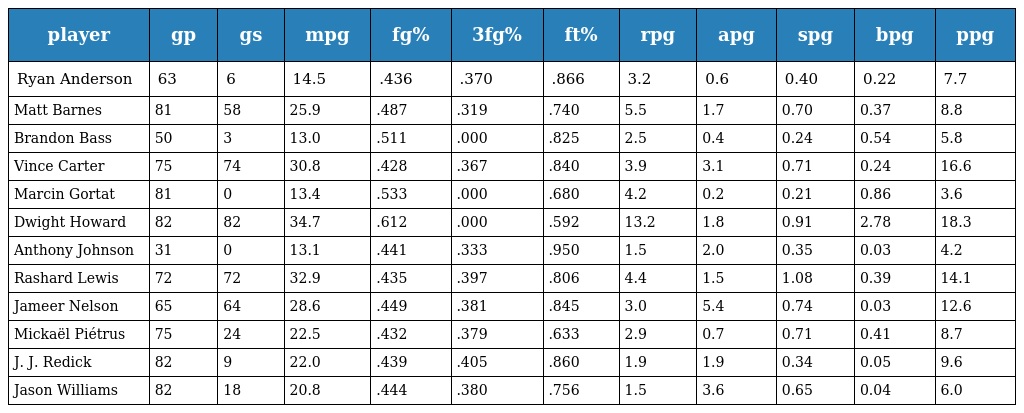
| player | gp | gs | mpg | fg% | 3fg% | ft% | rpg | apg | spg | bpg | ppg |
 | --- | --- | --- | --- | --- | --- | --- | --- | --- | --- | --- | --- |
 | Ryan Anderson | 63 | 6 | 14.5 | .436 | .370 | .866 | 3.2 | 0.6 | 0.40 | 0.22 | 7.7 |
 | Matt Barnes | 81 | 58 | 25.9 | .487 | .319 | .740 | 5.5 | 1.7 | 0.70 | 0.37 | 8.8 |
 | Brandon Bass | 50 | 3 | 13.0 | .511 | .000 | .825 | 2.5 | 0.4 | 0.24 | 0.54 | 5.8 |
 | Vince Carter | 75 | 74 | 30.8 | .428 | .367 | .840 | 3.9 | 3.1 | 0.71 | 0.24 | 16.6 |
 | Marcin Gortat | 81 | 0 | 13.4 | .533 | .000 | .680 | 4.2 | 0.2 | 0.21 | 0.86 | 3.6 |
 | Dwight Howard | 82 | 82 | 34.7 | .612 | .000 | .592 | 13.2 | 1.8 | 0.91 | 2.78 | 18.3 |
 | Anthony Johnson | 31 | 0 | 13.1 | .441 | .333 | .950 | 1.5 | 2.0 | 0.35 | 0.03 | 4.2 |
 | Rashard Lewis | 72 | 72 | 32.9 | .435 | .397 | .806 | 4.4 | 1.5 | 1.08 | 0.39 | 14.1 |
 | Jameer Nelson | 65 | 64 | 28.6 | .449 | .381 | .845 | 3.0 | 5.4 | 0.74 | 0.03 | 12.6 |
 | Mickaël Piétrus | 75 | 24 | 22.5 | .432 | .379 | .633 | 2.9 | 0.7 | 0.71 | 0.41 | 8.7 |
 | J. J. Redick | 82 | 9 | 22.0 | .439 | .405 | .860 | 1.9 | 1.9 | 0.34 | 0.05 | 9.6 |
 | Jason Williams | 82 | 18 | 20.8 | .444 | .380 | .756 | 1.5 | 3.6 | 0.65 | 0.04 | 6.0 |